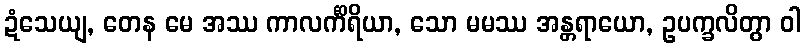
ဍံသေယျ, တေန မေ အဿ ကာလင်္ကိရိယာ, သော မမဿ အန္တရာယော, ဥပက္ခလိတွာ ဝါ